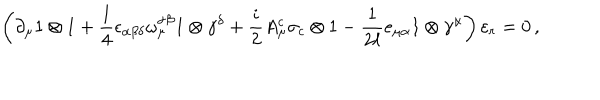
\left( \partial _ { \mu } 1 \otimes 1 + \frac { 1 } { 4 } \epsilon _ { \alpha \beta \delta } \omega _ { \mu } ^ { \alpha \beta } 1 \otimes \gamma ^ { \delta } + \frac { i } { 2 } A _ { \mu } ^ { c } \sigma _ { c } \otimes 1 - \frac { 1 } { 2 \ell } e _ { \mu \alpha } 1 \otimes \gamma ^ { \alpha } \right) \varepsilon _ { r } = 0 \, ,